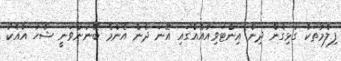
ފިލްމުތަކާ ގުޅިގެން ދިން އިންޓަވިއުއެއްގައި އޭނަ ދެން އެންމެ ބޭނުންވަނީ ޝާހު އާއެކު